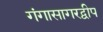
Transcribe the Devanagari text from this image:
गंगासागरद्वीप